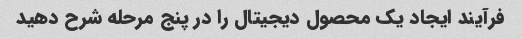
فرآیند ایجاد یک محصول دیجیتال را در پنج مرحله شرح دهید